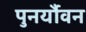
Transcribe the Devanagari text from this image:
पुनर्यौवन